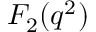
F _ { 2 } ( q ^ { 2 } )